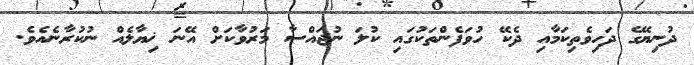
ދުނިޔޭގެ ދަހިވެތިކަމާއި ދެކޭ ހުވަފެންތަކުގައި ކުލަ ނުޖައްސާ މަރުވާކަށް އޭނަ ޚިޔާލެއް ނުކުރާނެއެވެ.